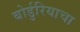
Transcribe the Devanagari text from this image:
बोर्डुरियाचा